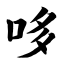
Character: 哆